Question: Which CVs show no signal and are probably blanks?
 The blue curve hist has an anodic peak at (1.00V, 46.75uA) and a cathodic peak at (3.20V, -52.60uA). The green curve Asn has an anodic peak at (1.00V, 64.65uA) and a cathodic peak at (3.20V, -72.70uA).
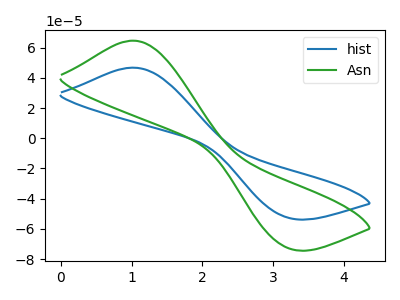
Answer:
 <answer>There are not any CV's on this graph that are likely to be blanks.</answer>
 <eval>none</eval>